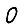
Digit: 0